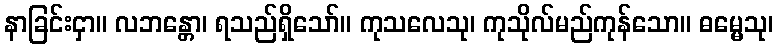
နာခြင်းငှာ။ လဘန္တော၊ ရသည်ရှိသော်။ ကုသလေသု၊ ကုသိုလ်မည်ကုန်သော။ ဓမ္မေသု၊